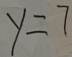
y = 7